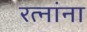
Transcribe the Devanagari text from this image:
रत्नांना